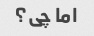
اما چی؟